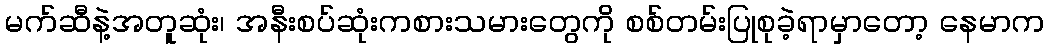
မက်ဆီနဲ့အတူဆုံး၊ အနီးစပ်ဆုံးကစားသမားတွေကို စစ်တမ်းပြုစုခဲ့ရာမှာတော့ နေမာက